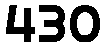
430